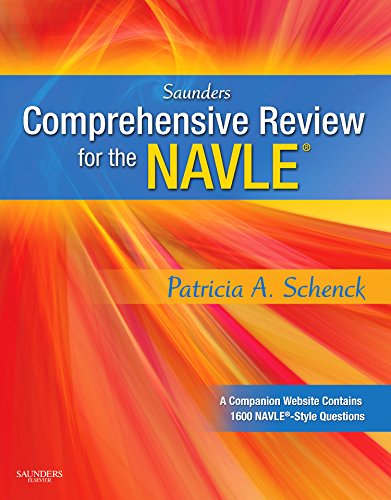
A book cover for Saunders Comprehensive Review for the NAVLEÂ®; Patricia Schenck DVM  PhD; Medical Books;